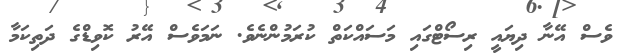
ވެސް އޭނާ ދިޔައީ ރިސޯޓްގައި މަސައްކަތް ކުރަމުންނެވެ. ނަމަވެސް އޭރު ކޮވިޑްގެ ދަތިކަމާ